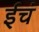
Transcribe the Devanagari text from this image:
ईचं